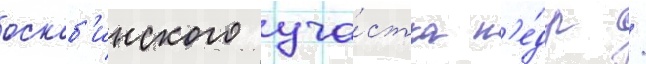
оскоб'инского уча́стка н'е́др /